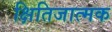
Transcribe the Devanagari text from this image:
क्षितिजात्मक